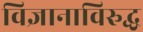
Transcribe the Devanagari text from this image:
विज्ञानाविरुद्ध